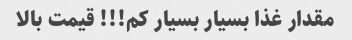
مقدار غذا بسیار بسیار کم!!! قیمت بالا